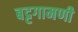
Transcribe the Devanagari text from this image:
बट्टगामणी